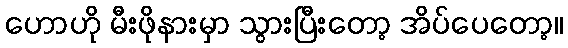
ဟောဟို မီးဖိုနားမှာ သွားပြီးတော့ အိပ်ပေတော့။